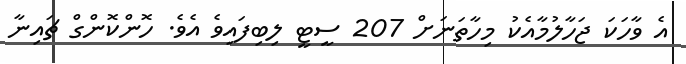
އެ ވާހަކަ ޖަހާލުމާއެކު މިހާތަނަށް 207 ސީޓީ ލިބިފައިވެ އެވެ. ހޮންކޮންގް ޗައިނާ